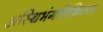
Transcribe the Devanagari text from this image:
अस्थिभंगचिकित्सा